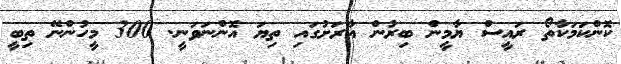
ކޮންކަމަކާތޯ ރައީސް ޔާމީން ބިރުން އާރަށުގައި ތިޔަ އޮންނަވަނީ. 300 މީހުންނޭ ތިބީ